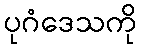
ပုဂံဒေသကို